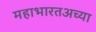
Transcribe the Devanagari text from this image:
महाभारतअच्या